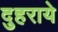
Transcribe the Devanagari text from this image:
दुहराये